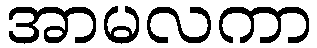
အာမလကာ